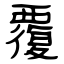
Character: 覆